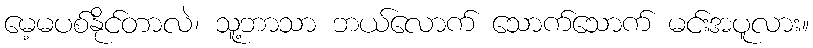
မေ့မပစ်နိုင်တာလဲ၊ သူ့ဘာသာ ဘယ်လောက် သောက်သောက် မင်းအပူလား။